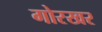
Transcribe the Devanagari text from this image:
गोरखर